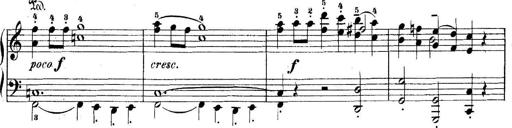
Title: 5 Sonatinas
Composer: Theodor Kirchner